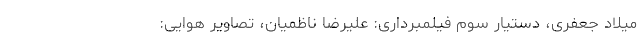
میلاد جعفری، دستیار سوم فیلمبرداری: علیرضا ناظمیان، تصاویر هوایی: